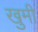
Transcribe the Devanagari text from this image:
खुमी